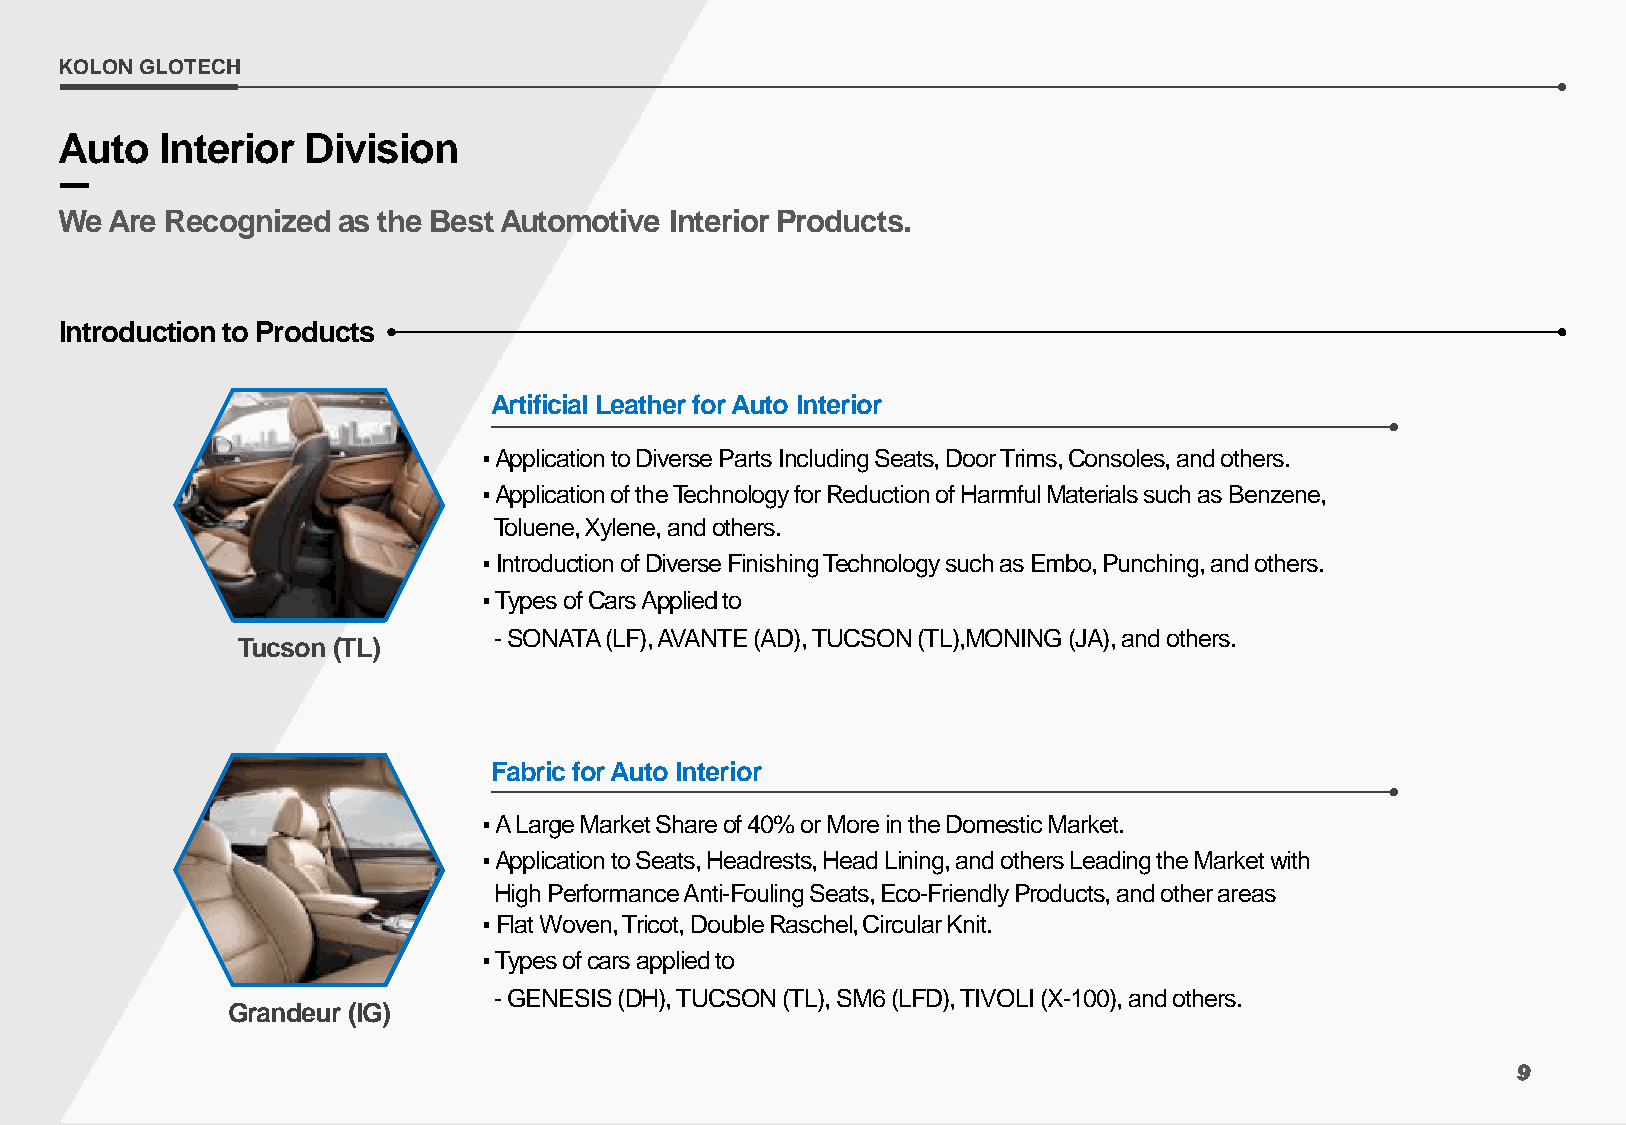
KOLON GLOTECH
 Auto   Interior Division
 We Are Recognized as the Best Automotive Interior Products.
 Introduction to Products
 Artificial Leather for Auto Interior
 ▪Application to Diverse Parts Including Seats, Door Trims, Consoles, and others.
 ▪Application of the Technology for Reduction of Harmful Materials such as Benzene,
 Toluene, Xylene, and others.
 ▪Introduction of Diverse Finishing Technology such as Embo, Punching, and others.
 ▪Types of Cars Applied to
 -SONATA (LF), AVANTE (AD), TUCSON (TL),MONING (JA), and others.
 Tucson (TL)
 Fabric for Auto Interior
 ▪ALarge Market Share of 40% or More in the Domestic Market.
 ▪Application to Seats, Headrests, Head Lining, and others Leading the Market with
 High Performance Anti-Fouling Seats, Eco-Friendly Products, and other areas
 ▪Flat Woven, Tricot, Double Raschel, Circular Knit.
 ▪Types of cars applied to
 -GENESIS (DH), TUCSON (TL), SM6 (LFD), TIVOLI (X-100), and others.
 Grandeur (IG)
 9